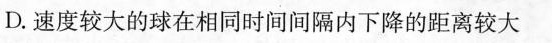
D.速度较大的球在相同时间间隔内下降的距离较大